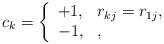
LaTeX: \begin{align*}c_k=\left\{\begin{array}{ll}+1, & r_{kj}=r_{1j},\\-1, & ,\end{array}\right.\end{align*}